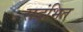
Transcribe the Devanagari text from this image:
सदंभित